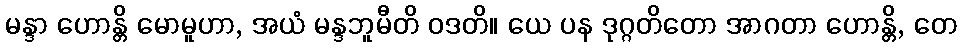
မန္ဒာ ဟောန္တိ မောမူဟာ, အယံ မန္ဒဘူမီတိ ဝဒတိ။ ယေ ပန ဒုဂ္ဂတိတော အာဂတာ ဟောန္တိ, တေ